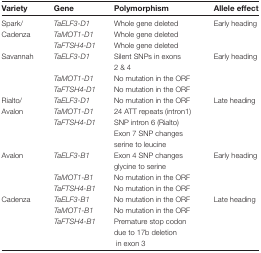
| Variety | Gene | Polymorphism | Allele effect |
 | --- | --- | --- | --- |
 | Spark/ | TaELF3-D1 | Whole gene deleted | <ROWSPAN=3> Early heading |
 | <ROWSPAN=2> Cadenza | TaMOT1-D1 | Whole gene deleted |
 | TaFTSH4-D1 | Whole gene deleted |
 | <ROWSPAN=4> Savannah | TaELF3-D1 | <ROWSPAN=2> Silent SNPs in exons 2 & 4 | <ROWSPAN=4> Early heading |
 | TaMOT1-D1 | No mutation in the ORF |
 | TaFTSH4-D1 | No mutation in the ORF |
 | Rialto/ | TaELF3-D1 | No mutation in the ORF | <ROWSPAN=4> Late heading |
 | <ROWSPAN=3> Avalon | TaMOT1-D1 | <ROWSPAN=2> 24 ATT repeats (intron1) SNP intron 6 (Rialto) |
 | <ROWSPAN=2> TaFTSH4-D1 |
 | Exon 7 SNP changes serine to leucine |
 | <ROWSPAN=4> Avalon | TaELF3-B1 | <ROWSPAN=2> Exon 4 SNP changes glycine to serine | <ROWSPAN=4> Early heading |
 | TaMOT1-B1 | No mutation in the ORF |
 | TaFTSH4-B1 | No mutation in the ORF |
 | <ROWSPAN=4> Cadenza | TaELF3-B1 | No mutation in the ORF | <ROWSPAN=4> Late heading |
 | TaMOT1-B1 | No mutation in the ORF |
 | <ROWSPAN=2> TaFTSH4-B1 | Premature stop codon due to 17b deletion |
 | in exon 3 |